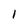
Character: 1